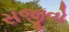
સજીવો